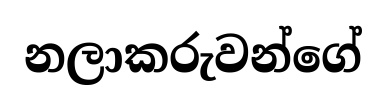
නලාකරුවන්ගේ